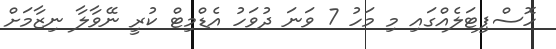
ހޮސްޕިޓަލެއްގައި މި މަހު 7 ވަނަ ދުވަހު އެޑްމިޓް ކުރީ ނޭވާލާ ނިޒާމަށް